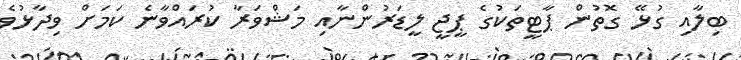
ބިލާއި ގުޅޭ ގޮތުން ޕާޓީތަކުގެ ޕީޖީ ލީޑަރުންނާއި މަޝްވަރާ ކުރައްވާނެ ކަމަށް ވިދާޅުވެ